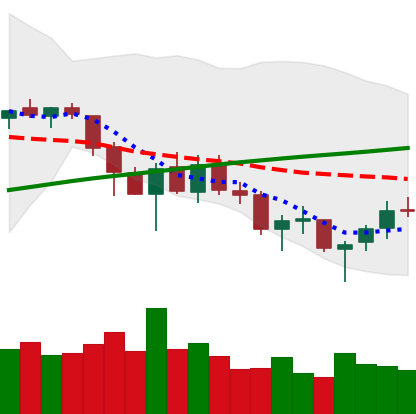
Ticker: LTC-USD
Chart end date: 2018-03-21
Forward return: -11.731%
Label: down_7plus